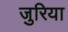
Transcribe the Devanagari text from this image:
जुरिया